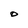
Character: O